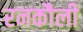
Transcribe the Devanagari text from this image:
रनकौली